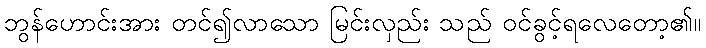
ဘွန်ဟောင်းအား တင်၍လာသော မြင်းလှည်း သည် ဝင်ခွင့်ရလေတော့၏။